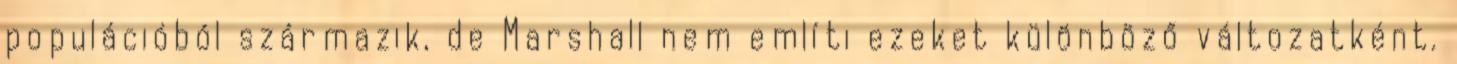
populációból származik, de Marshall nem említi ezeket különböző változatként.